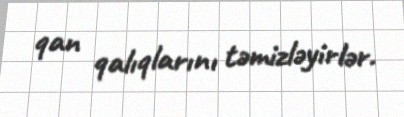
qan qalıqlarını təmizləyirlər.